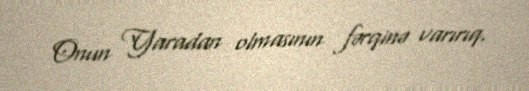
Onun Yaradan olmasının fərqinə varırıq.